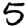
Digit: 5